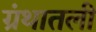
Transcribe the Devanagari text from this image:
ग्रंथातली